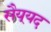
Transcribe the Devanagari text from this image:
सैय्‌यद